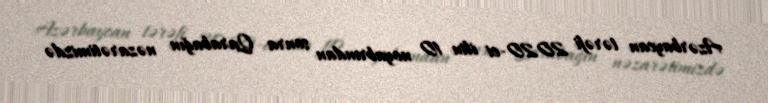
Azərbaycan tərəfi 2020-ci ilin 10 noyabrından sonra Qarabağın nəzarətimizdə